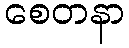
စေတနာ